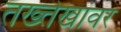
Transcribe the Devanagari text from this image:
तख्त्तेखांवर